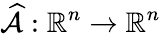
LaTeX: \widehat{\mathcal{A}}:\mathbb{R}^{n}\to\mathbb{R}^{n}